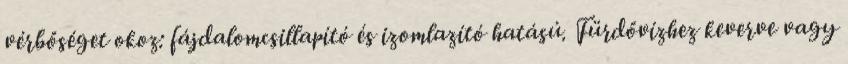
vérbőséget okoz: fájdalomcsillapító és izomlazító hatású. Fürdővízhez keverve vagy